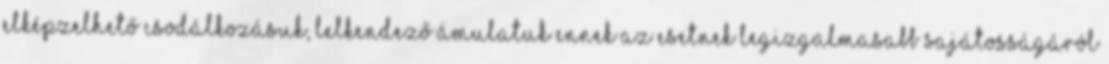
Elképzelhető csodálkozásuk, lelkendező ámulatuk Ennek az esetnek legizgalmasabb sajátosságáról